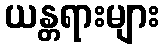
ယန္တရားများ